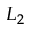
L _ { 2 }